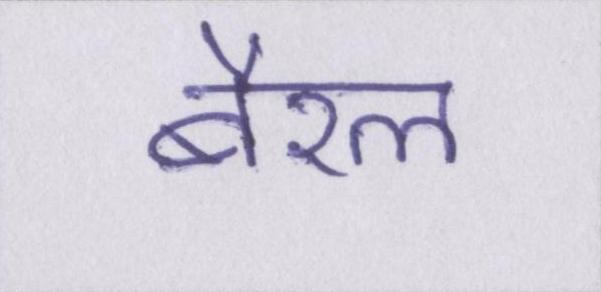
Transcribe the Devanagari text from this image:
बैरल